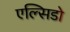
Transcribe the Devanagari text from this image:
एल्सिडो